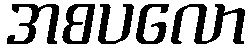
အစပလော